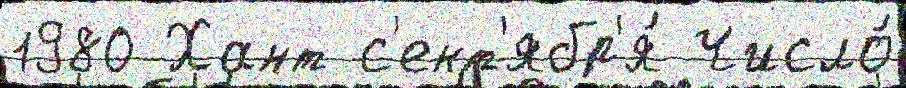
1980 Хант с'ент'ябр'я́ Число́